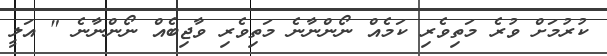
ކުރުމަށް ވުރެ މަތިވެރި ކަމެއް ނޯންނާނެ މަތިވެރި ވާޖިބެއް ނޯންނާނެ " އަލީ